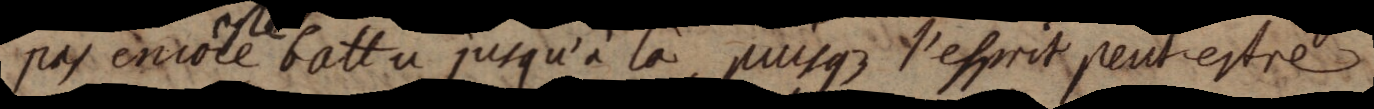
pas eniole esté battu jusqu’à là, puisque l’esprit peut-estre